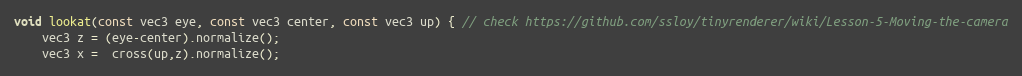
Language: C++
void lookat(const vec3 eye, const vec3 center, const vec3 up) { // check https://github.com/ssloy/tinyrenderer/wiki/Lesson-5-Moving-the-camera
    vec3 z = (eye-center).normalize();
    vec3 x =  cross(up,z).normalize();